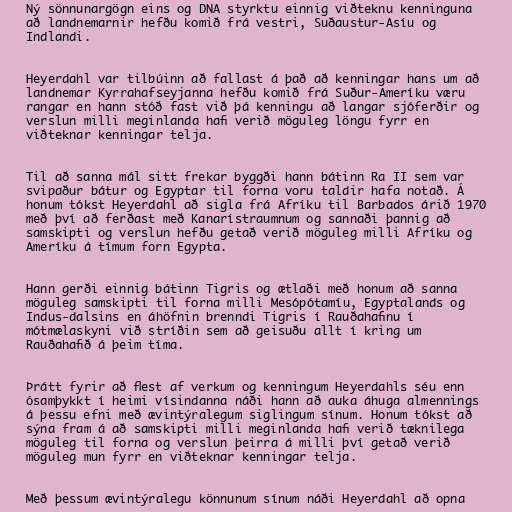
Ný sönnunargögn eins og DNA styrktu einnig viðteknu kenninguna
að landnemarnir hefðu komið frá vestri, Suðaustur-Asíu og
Indlandi.

Heyerdahl var tilbúinn að fallast á það að kenningar hans um að
landnemar Kyrrahafseyjanna hefðu komið frá Suður-Ameríku væru
rangar en hann stóð fast við þá kenningu að langar sjóferðir og
verslun milli meginlanda hafi verið möguleg löngu fyrr en
viðteknar kenningar telja.

Til að sanna mál sitt frekar byggði hann bátinn Ra II sem var
svipaður bátur og Egyptar til forna voru taldir hafa notað. Á
honum tókst Heyerdahl að sigla frá Afríku til Barbados árið 1970
með því að ferðast með Kanarístraumnum og sannaði þannig að
samskipti og verslun hefðu getað verið möguleg milli Afríku og
Ameríku á tímum forn Egypta.

Hann gerði einnig bátinn Tigris og ætlaði með honum að sanna
möguleg samskipti til forna milli Mesópótamíu, Egyptalands og
Indus-dalsins en áhöfnin brenndi Tigris í Rauðahafinu í
mótmælaskyni við stríðin sem að geisuðu allt í kring um
Rauðahafið á þeim tíma.

Þrátt fyrir að flest af verkum og kenningum Heyerdahls séu enn
ósamþykkt í heimi vísindanna náði hann að auka áhuga almennings
á þessu efni með ævintýralegum siglingum sínum. Honum tókst að
sýna fram á að samskipti milli meginlanda hafi verið tæknilega
möguleg til forna og verslun þeirra á milli því getað verið
möguleg mun fyrr en viðteknar kenningar telja.

Með þessum ævintýralegu könnunum sínum náði Heyerdahl að opna